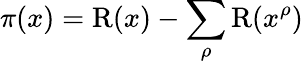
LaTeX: \pi(x)=\operatorname{R}(x)-\sum_{\rho}\operatorname{R}(x^{\rho})